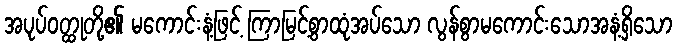
အပုပ်ဝတ္ထုတို့၏ မကောင်းနံ့ဖြင့် ကြာမြင့်စွာထုံအပ်သော လွန်စွာမကောင်းသောအနံ့ရှိသော